Report of the Municipal Commissioner on the plague in Bombay for the year ending 31st May... - Volume 3
Disease focus: Plague
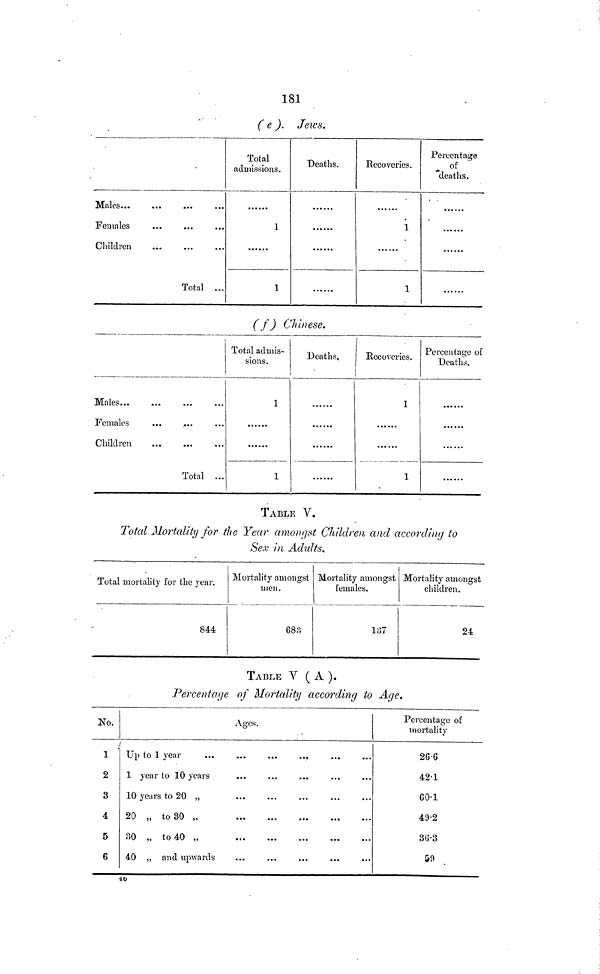
181
( e ).
Jeus.
Males...
Females
Children
Total ...
Total
admissions.
1
1
"Deaths.
Recoveries.
1
1
Percentage
of
deaths.
( f) Chinese.
Males
Children
Total ...
Total admis-
sions.
1
1
Deaths,
Recoveries.
1
1
Percentage of
Deaths.
TABLE V.
Total Mortality for the Year amongst Children and according to
Sex in Adults.
Total mortality for the year.
844
Mortality amongst
men.
683
Mortality amongst
females.
137
Mortality amongst
children.
24
TABLE V ( A ).
Percentage of Mortality according to Age.
No.
1
2
3
4
5
6
Up to 1 year
1 year to 10 years
10 years to 20 „
20 „ to 30 ,.
30 „ to 40 „
40 „ and upwards
Ages.
Percentage of
mortality
26.6
42.1
60.1
49.2
36.3